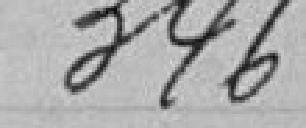
346